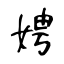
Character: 娉